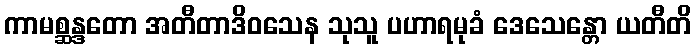
ကာမစ္ဆန္ဒတော အတီတာဒိဝသေန သုသူ ပဟာရမုခံ ဒေသေန္တော ယတီတိ